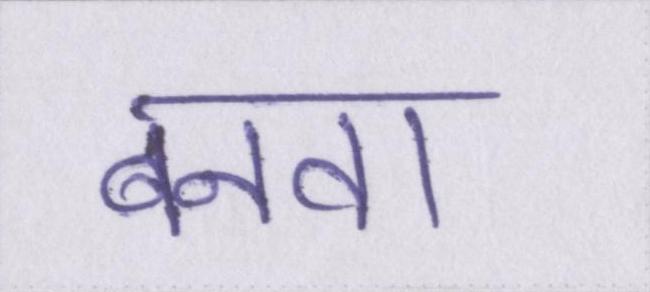
बनवा